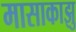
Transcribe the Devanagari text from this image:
मासाकाझु